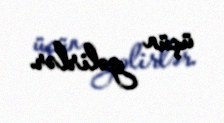
üçün gəlirlər.